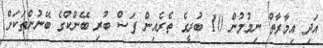
އަދި އިމާރާތް ނިމުމުން 10 ބުރީގެ ތެރެއިން ފަސް ބުރި ބޭންކްގެ ބޭނުންތަކަށް